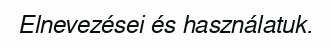
Elnevezései és használatuk.